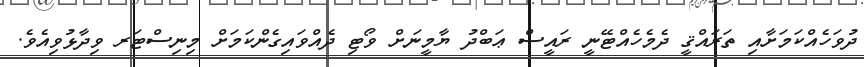
ދުވަހެއްކަމަށާއި ތަރައްޤީ ދެމެހެއްޓޭނީ ރައީސް ޢަބްދު ޔާމީނަށް ވޯޓި ދެއްވައިގެންކަމަށް މިިނިސްޓަރ ވިދާޅުވިއެވެ.